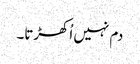
دم نہیں اُکھڑتا۔